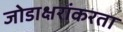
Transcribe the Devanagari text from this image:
जोडाक्षरांकरता